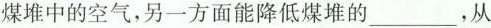
煤堆中的空气，另一方面能降低煤堆的___，从